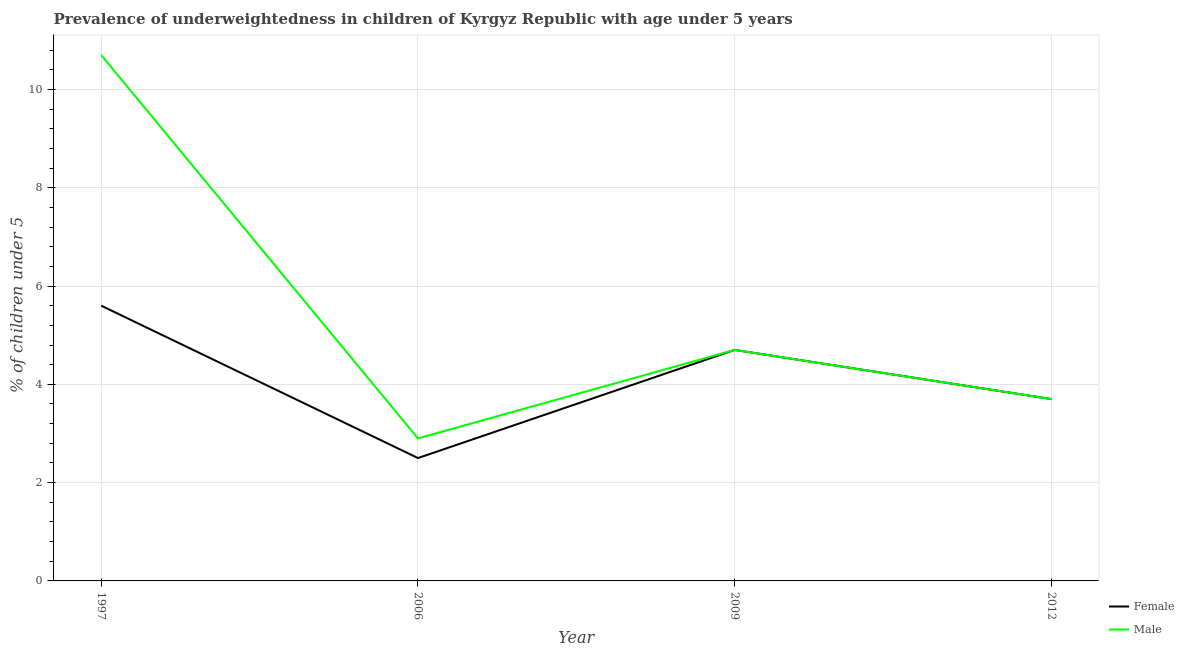
| Year | Female | Male |
 | --- | --- | --- |
 | 1997 | 5.6 | 10.7 |
 | 2006 | 2.5 | 2.9 |
 | 2009 | 4.7 | 4.7 |
 | 2012 | 3.7 | 3.7 |